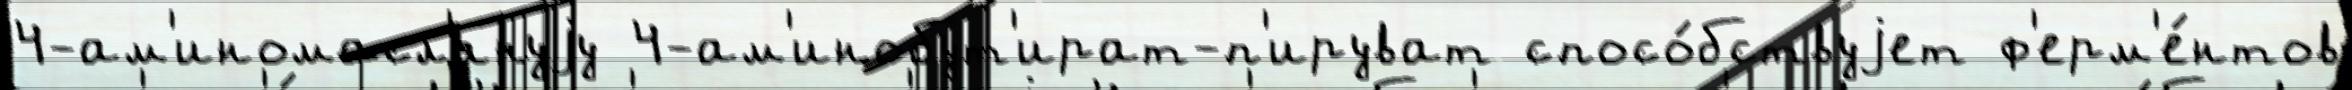
4-ам'иномасл'януjу 4-ам'инобут'ират-п'ируват спосо́бствуjет ф'ерм'е́нтов